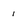
Character: 1